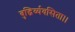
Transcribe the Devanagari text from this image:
बुद्धिर्व्यवसिता।।